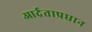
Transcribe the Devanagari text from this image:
आर्द्रताप्रधान